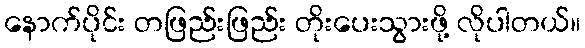
နောက်ပိုင်း တဖြည်းဖြည်း တိုးပေးသွားဖို့ လိုပါတယ်။